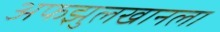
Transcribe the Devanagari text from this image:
अफझुलखानला